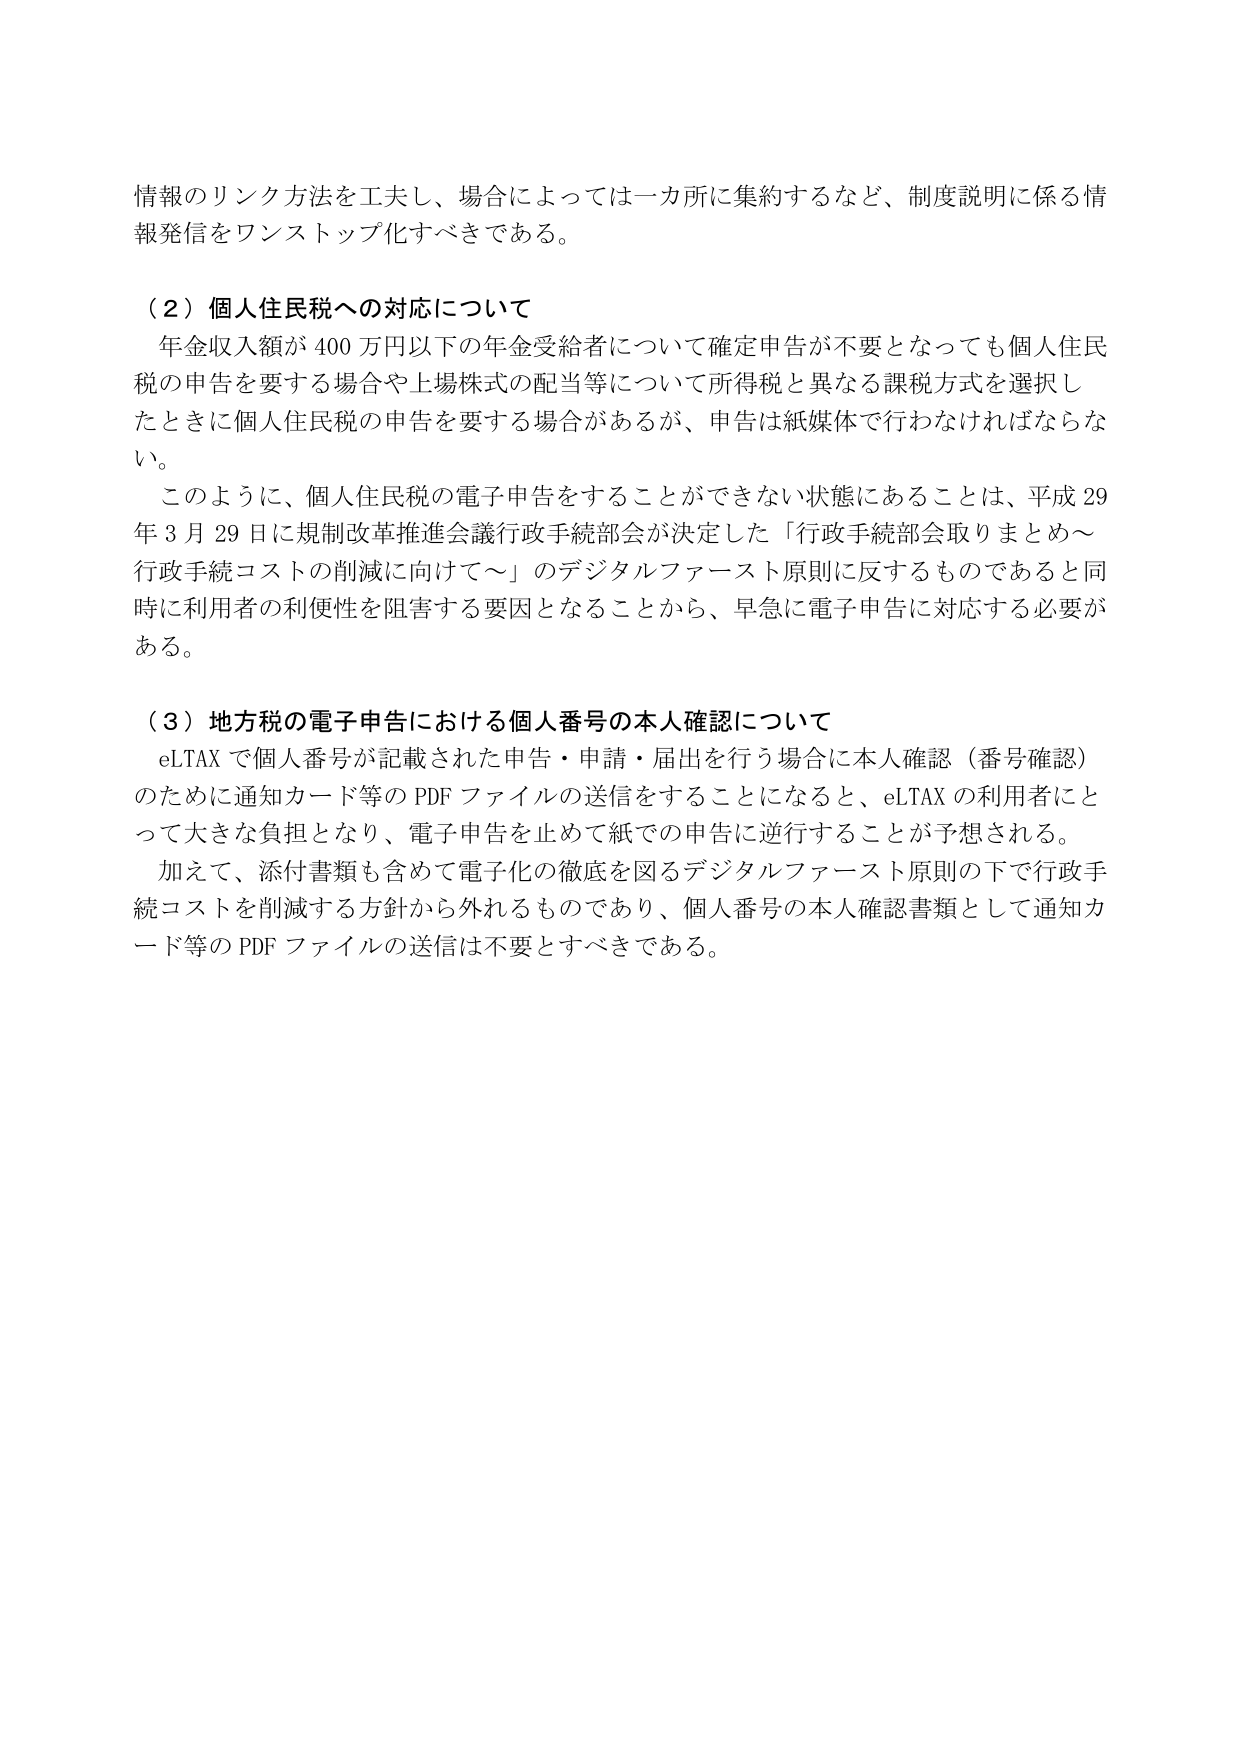
情報のリンク方法を工夫し、場合によっては一カ所に集約するなど、制度説明に係る情報発信をワンストップ化すべきである。

（２）個人住民税への対応について
年金収入額が400万円以下の年金受給者について確定申告が不要となっても個人住民税の申告を要する場合や上場株式の配当等について所得税と異なる課税方式を選択したときに個人住民税の申告を要する場合があるが、申告は紙媒体で行わなければならない。
このように、個人住民税の電子申告をすることができない状態にあることは、平成29年3月29日に規制改革推進会議行政手続部会が決定した「行政手続部会取りまとめ～行政手続コストの削減に向けて～」のデジタルファースト原則に反するものであると同時に利用者の利便性を阻害する要因となることから、早急に電子申告に対応する必要がある。

（３）地方税の電子申告における個人番号の本人確認について
eLTAXで個人番号が記載された申告・申請・届出を行う場合に本人確認（番号確認）のために通知カード等のPDFファイルの送信をすることになると、eLTAXの利用者にとって大きな負担となり、電子申告を止めて紙での申告に逆行することが予想される。
加えて、添付書類も含めて電子化の徹底を図るデジタルファースト原則の下で行政手続コストを削減する方針から外れるものであり、個人番号の本人確認書類として通知カード等のPDFファイルの送信は不要とすべきである。